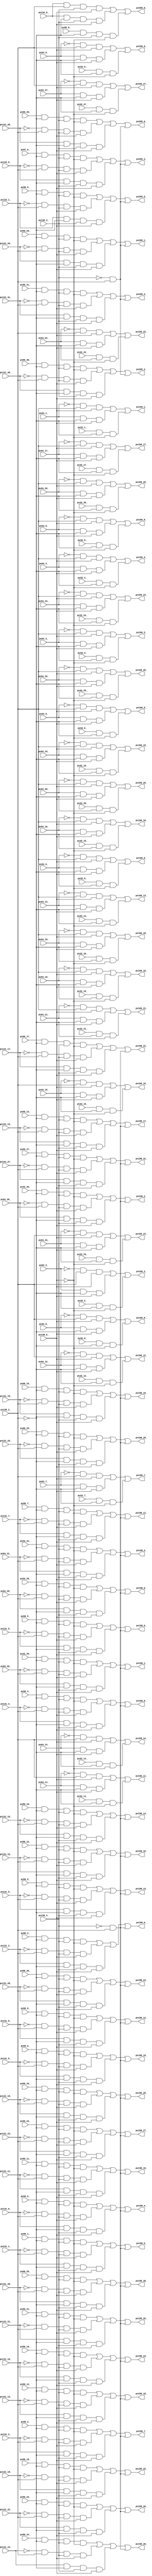
// Benchmark "top" written by ABC on Fri Mar 31 12:07:43 2023

module top ( 
    pv96_30_, pv96_31_, pv96_10_, pv96_21_, pv138_4_, pv96_11_, pv96_20_,
    pv138_3_, pv138_2_, pv131_18_, pv138_0_, pv131_19_, pv32_7_, pv32_18_,
    pv32_29_, pv64_0_, pv96_9_, pv131_3_, pv131_29_, pv32_6_, pv32_19_,
    pv32_28_, pv64_1_, pv96_8_, pv131_2_, pv131_28_, pv32_5_, pv131_1_,
    pv32_4_, pv131_0_, pv32_3_, pv64_4_, pv96_5_, pv32_2_, pv64_5_,
    pv96_4_, pv32_1_, pv64_2_, pv96_7_, pv32_0_, pv64_3_, pv96_6_,
    pv32_10_, pv32_21_, pv64_8_, pv64_17_, pv64_28_, pv96_1_, pv97_0_,
    pv131_21_, pv32_11_, pv32_20_, pv64_9_, pv64_18_, pv64_27_, pv96_0_,
    pv131_20_, pv32_12_, pv32_23_, pv32_30_, pv64_6_, pv64_15_, pv64_26_,
    pv96_3_, pv99_0_, pv131_9_, pv131_23_, pv134_0_, pv32_13_, pv32_22_,
    pv32_31_, pv64_7_, pv64_16_, pv64_25_, pv96_2_, pv98_0_, pv131_8_,
    pv131_22_, pv32_14_, pv32_25_, pv131_7_, pv131_25_, pv131_30_,
    pv133_1_, pv32_15_, pv32_24_, pv131_6_, pv131_24_, pv131_31_, pv133_0_,
    pv32_9_, pv32_16_, pv32_27_, pv64_19_, pv131_5_, pv131_27_, pv32_8_,
    pv32_17_, pv32_26_, pv64_29_, pv131_4_, pv131_26_, pv64_20_, pv64_31_,
    pv96_16_, pv96_27_, pv131_16_, pv64_10_, pv96_17_, pv96_26_, pv131_17_,
    pv96_18_, pv96_29_, pv131_14_, pv96_19_, pv96_28_, pv131_15_, pv64_13_,
    pv64_24_, pv96_12_, pv96_23_, pv131_12_, pv64_14_, pv64_23_, pv96_13_,
    pv96_22_, pv131_13_, pv64_11_, pv64_22_, pv96_14_, pv96_25_, pv131_10_,
    pv64_12_, pv64_21_, pv64_30_, pv96_15_, pv96_24_, pv131_11_,
    pv198_17_, pv205_3_, pv198_16_, pv205_4_, pv198_19_, pv205_5_,
    pv198_18_, pv205_6_, pv198_8_, pv198_13_, pv198_7_, pv198_12_,
    pv205_0_, pv198_15_, pv205_1_, pv198_9_, pv198_14_, pv205_2_, pv166_7_,
    pv166_10_, pv166_23_, pv198_4_, pv198_22_, pv166_8_, pv166_24_,
    pv198_3_, pv198_23_, pv166_5_, pv166_21_, pv198_6_, pv198_24_,
    pv166_6_, pv166_22_, pv198_5_, pv198_25_, pv166_14_, pv198_0_,
    pv198_26_, pv166_13_, pv166_20_, pv198_27_, pv166_9_, pv166_12_,
    pv198_2_, pv198_28_, pv166_11_, pv198_1_, pv198_29_, pv166_18_,
    pv166_0_, pv166_17_, pv166_16_, pv166_15_, pv166_3_, pv166_27_,
    pv198_31_, pv166_4_, pv198_30_, pv166_1_, pv166_25_, pv198_20_,
    pv166_2_, pv166_19_, pv166_26_, pv198_21_, pv198_11_, pv198_10_  );
  input  pv96_30_, pv96_31_, pv96_10_, pv96_21_, pv138_4_, pv96_11_,
    pv96_20_, pv138_3_, pv138_2_, pv131_18_, pv138_0_, pv131_19_, pv32_7_,
    pv32_18_, pv32_29_, pv64_0_, pv96_9_, pv131_3_, pv131_29_, pv32_6_,
    pv32_19_, pv32_28_, pv64_1_, pv96_8_, pv131_2_, pv131_28_, pv32_5_,
    pv131_1_, pv32_4_, pv131_0_, pv32_3_, pv64_4_, pv96_5_, pv32_2_,
    pv64_5_, pv96_4_, pv32_1_, pv64_2_, pv96_7_, pv32_0_, pv64_3_, pv96_6_,
    pv32_10_, pv32_21_, pv64_8_, pv64_17_, pv64_28_, pv96_1_, pv97_0_,
    pv131_21_, pv32_11_, pv32_20_, pv64_9_, pv64_18_, pv64_27_, pv96_0_,
    pv131_20_, pv32_12_, pv32_23_, pv32_30_, pv64_6_, pv64_15_, pv64_26_,
    pv96_3_, pv99_0_, pv131_9_, pv131_23_, pv134_0_, pv32_13_, pv32_22_,
    pv32_31_, pv64_7_, pv64_16_, pv64_25_, pv96_2_, pv98_0_, pv131_8_,
    pv131_22_, pv32_14_, pv32_25_, pv131_7_, pv131_25_, pv131_30_,
    pv133_1_, pv32_15_, pv32_24_, pv131_6_, pv131_24_, pv131_31_, pv133_0_,
    pv32_9_, pv32_16_, pv32_27_, pv64_19_, pv131_5_, pv131_27_, pv32_8_,
    pv32_17_, pv32_26_, pv64_29_, pv131_4_, pv131_26_, pv64_20_, pv64_31_,
    pv96_16_, pv96_27_, pv131_16_, pv64_10_, pv96_17_, pv96_26_, pv131_17_,
    pv96_18_, pv96_29_, pv131_14_, pv96_19_, pv96_28_, pv131_15_, pv64_13_,
    pv64_24_, pv96_12_, pv96_23_, pv131_12_, pv64_14_, pv64_23_, pv96_13_,
    pv96_22_, pv131_13_, pv64_11_, pv64_22_, pv96_14_, pv96_25_, pv131_10_,
    pv64_12_, pv64_21_, pv64_30_, pv96_15_, pv96_24_, pv131_11_;
  output pv198_17_, pv205_3_, pv198_16_, pv205_4_, pv198_19_, pv205_5_,
    pv198_18_, pv205_6_, pv198_8_, pv198_13_, pv198_7_, pv198_12_,
    pv205_0_, pv198_15_, pv205_1_, pv198_9_, pv198_14_, pv205_2_, pv166_7_,
    pv166_10_, pv166_23_, pv198_4_, pv198_22_, pv166_8_, pv166_24_,
    pv198_3_, pv198_23_, pv166_5_, pv166_21_, pv198_6_, pv198_24_,
    pv166_6_, pv166_22_, pv198_5_, pv198_25_, pv166_14_, pv198_0_,
    pv198_26_, pv166_13_, pv166_20_, pv198_27_, pv166_9_, pv166_12_,
    pv198_2_, pv198_28_, pv166_11_, pv198_1_, pv198_29_, pv166_18_,
    pv166_0_, pv166_17_, pv166_16_, pv166_15_, pv166_3_, pv166_27_,
    pv198_31_, pv166_4_, pv198_30_, pv166_1_, pv166_25_, pv198_20_,
    pv166_2_, pv166_19_, pv166_26_, pv198_21_, pv198_11_, pv198_10_;
  wire new_n_n144_, new_n_n145_, new_n_n196_, new_n_n207_, new_n_n213_,
    new_n_n197_, new_n_n206_, new_n_n148_, new_n_n271_, new_n_n172_,
    new_n_n272_, new_n_n173_, new_n_n250_, new_n_n261_, new_n_n183_,
    new_n_n215_, new_n_n195_, new_n_n157_, new_n_n136_, new_n_n249_,
    new_n_n262_, new_n_n182_, new_n_n216_, new_n_n194_, new_n_n156_,
    new_n_n135_, new_n_n248_, new_n_n155_, new_n_n247_, new_n_n154_,
    new_n_n246_, new_n_n219_, new_n_n191_, new_n_n245_, new_n_n220_,
    new_n_n190_, new_n_n244_, new_n_n217_, new_n_n193_, new_n_n243_,
    new_n_n218_, new_n_n192_, new_n_n253_, new_n_n264_, new_n_n223_,
    new_n_n232_, new_n_n150_, new_n_n187_, new_n_n146_, new_n_n175_,
    new_n_n254_, new_n_n263_, new_n_n224_, new_n_n233_, new_n_n242_,
    new_n_n186_, new_n_n174_, new_n_n255_, new_n_n266_, new_n_n184_,
    new_n_n221_, new_n_n230_, new_n_n241_, new_n_n189_, new_n_n149_,
    new_n_n163_, new_n_n177_, new_n_n141_, new_n_n256_, new_n_n265_,
    new_n_n185_, new_n_n222_, new_n_n231_, new_n_n240_, new_n_n188_,
    new_n_n147_, new_n_n162_, new_n_n176_, new_n_n257_, new_n_n268_,
    new_n_n161_, new_n_n179_, new_n_n137_, new_n_n140_, new_n_n258_,
    new_n_n267_, new_n_n160_, new_n_n178_, new_n_n138_, new_n_n139_,
    new_n_n252_, new_n_n259_, new_n_n270_, new_n_n234_, new_n_n159_,
    new_n_n181_, new_n_n251_, new_n_n260_, new_n_n269_, new_n_n151_,
    new_n_n158_, new_n_n180_, new_n_n235_, new_n_n153_, new_n_n202_,
    new_n_n214_, new_n_n170_, new_n_n225_, new_n_n203_, new_n_n212_,
    new_n_n171_, new_n_n204_, new_n_n143_, new_n_n168_, new_n_n205_,
    new_n_n142_, new_n_n169_, new_n_n228_, new_n_n239_, new_n_n198_,
    new_n_n209_, new_n_n166_, new_n_n229_, new_n_n238_, new_n_n199_,
    new_n_n208_, new_n_n167_, new_n_n226_, new_n_n237_, new_n_n200_,
    new_n_n211_, new_n_n164_, new_n_n227_, new_n_n236_, new_n_n152_,
    new_n_n201_, new_n_n210_, new_n_n165_, new_nv212_, new_nv223_,
    new_nv234_, new_n_n130_, new_nv257_, new_n_n108_, new_nv300_,
    new_nv311_, new_nv324_, new_nv335_, new_nv346_, new_nv372_, new_n_n83_,
    new_nv383_, new_nv423_, new_nv434_, new_nv445_, new_nv213_, new_nv222_,
    new_nv235_, new_nv240_, new_nv252_, new_nv263_, new_nv299_, new_nv312_,
    new_nv323_, new_nv336_, new_nv345_, new_n_n88_, new_nv377_, new_n_n77_,
    new_nv422_, new_nv435_, new_nv444_, new_nv214_, new_nv225_, new_nv232_,
    new_n_n131_, new_n_n118_, new_nv258_, new_nv298_, new_nv313_,
    new_nv326_, new_nv333_, new_nv344_, new_nv362_, new_n_n93_, new_nv384_,
    new_nv425_, new_nv432_, new_nv443_, new_nv215_, new_nv224_, new_nv233_,
    new_nv239_, new_nv253_, new_n_n113_, new_nv262_, new_nv314_,
    new_nv325_, new_nv334_, new_nv343_, new_n_n98_, new_nv367_, new_n_n76_,
    new_nv424_, new_nv433_, new_nv442_, new_nv216_, new_nv227_,
    new_n_n128_, new_nv248_, new_nv315_, new_nv328_, new_nv339_,
    new_nv350_, new_n_n103_, new_nv385_, new_nv427_, new_nv438_,
    new_nv449_, new_n_n7_, new_nv217_, new_nv226_, new_nv243_, new_n_n123_,
    new_nv316_, new_nv327_, new_nv349_, new_nv351_, new_nv357_, new_n_n75_,
    new_nv426_, new_nv439_, new_nv448_, new_nv236_, new_n_n129_,
    new_nv247_, new_nv317_, new_nv337_, new_nv348_, new_nv418_, new_nv429_,
    new_nv436_, new_nv447_, new_n_n134_, new_nv241_, new_nv242_,
    new_nv329_, new_nv338_, new_nv347_, new_nv419_, new_nv428_, new_nv437_,
    new_nv446_, new_n_n126_, new_nv250_, new_n_n115_, new_nv261_,
    new_nv297_, new_nv354_, new_n_n101_, new_nv365_, new_n_n90_,
    new_nv376_, new_n_n79_, new_n_n3_, new_nv245_, new_n_n121_, new_nv256_,
    new_n_n110_, new_nv307_, new_n_n106_, new_nv359_, new_n_n95_,
    new_nv370_, new_n_n84_, new_nv381_, new_n_n4_, new_n_n127_, new_nv249_,
    new_n_n114_, new_nv295_, new_nv306_, new_nv352_, new_n_n102_,
    new_nv366_, new_n_n89_, new_nv375_, new_n_n80_, new_n_n5_, new_nv244_,
    new_n_n122_, new_n_n109_, new_nv296_, new_nv305_, new_nv353_,
    new_nv358_, new_n_n94_, new_nv371_, new_n_n85_, new_nv380_, new_n_n6_,
    new_nv208_, new_nv219_, new_nv230_, new_n_n132_, new_n_n124_,
    new_n_n117_, new_nv259_, new_nv293_, new_nv304_, new_nv318_,
    new_nv331_, new_nv342_, new_nv356_, new_n_n99_, new_nv363_, new_n_n92_,
    new_nv374_, new_n_n81_, new_nv430_, new_nv441_, new_nv452_, new_nv209_,
    new_nv218_, new_nv231_, new_nv238_, new_n_n119_, new_nv254_,
    new_n_n112_, new_nv294_, new_nv303_, new_nv308_, new_nv332_,
    new_nv341_, new_n_n104_, new_nv361_, new_n_n97_, new_nv368_,
    new_n_n86_, new_nv379_, new_nv431_, new_nv440_, new_nv453_, new_nv210_,
    new_nv221_, new_nv228_, new_n_n133_, new_n_n125_, new_nv251_,
    new_n_n116_, new_nv260_, new_n_n107_, new_nv302_, new_nv309_,
    new_nv322_, new_nv340_, new_nv355_, new_n_n100_, new_nv364_,
    new_n_n91_, new_nv373_, new_n_n82_, new_nv382_, new_nv421_, new_nv481_,
    new_nv211_, new_nv220_, new_nv229_, new_nv237_, new_nv246_,
    new_n_n120_, new_nv255_, new_n_n111_, new_nv292_, new_nv301_,
    new_nv310_, new_nv319_, new_nv330_, new_n_n105_, new_nv360_,
    new_n_n96_, new_nv369_, new_n_n87_, new_nv378_, new_n_n78_, new_nv420_,
    new_n_n2_, new_nv458_, new_nv465_, new_nv479_, new_n_n59_, new_n_n48_,
    new_nv457_, new_n_n70_, new_nv478_, new_n_n58_, new_n_n49_, new_nv456_,
    new_nv466_, new_nv482_, new_n_n61_, new_n_n50_, new_nv455_, new_n_n69_,
    new_nv480_, new_n_n60_, new_n_n51_, new_nv450_, new_nv454_, new_n_n41_,
    new_n_n30_, new_n_n19_, new_n_n8_, new_nv451_, new_n_n40_, new_n_n31_,
    new_n_n18_, new_n_n9_, new_n_n39_, new_n_n28_, new_n_n21_, new_n_n10_,
    new_n_n38_, new_n_n29_, new_n_n20_, new_n_n11_, new_n_n67_, new_n_n56_,
    new_n_n45_, new_n_n34_, new_n_n23_, new_n_n12_, new_n_n66_, new_n_n57_,
    new_n_n44_, new_n_n35_, new_n_n22_, new_n_n13_, new_nv462_, new_n_n68_,
    new_n_n43_, new_n_n32_, new_n_n25_, new_n_n14_, new_n_n73_, new_nv467_,
    new_n_n42_, new_n_n33_, new_n_n24_, new_n_n15_, new_n_n74_, new_nv463_,
    new_nv475_, new_n_n63_, new_n_n52_, new_n_n27_, new_n_n16_, new_nv461_,
    new_n_n72_, new_nv474_, new_n_n62_, new_n_n53_, new_n_n26_, new_n_n17_,
    new_nv460_, new_nv464_, new_nv477_, new_n_n65_, new_n_n54_, new_n_n47_,
    new_n_n36_, new_nv459_, new_n_n71_, new_nv476_, new_n_n64_, new_n_n55_,
    new_n_n46_, new_n_n37_;
  assign new_n_n144_ = pv96_30_;
  assign pv198_17_ = new_n_n92_;
  assign pv205_3_ = new_n_n71_;
  assign new_n_n145_ = pv96_31_;
  assign pv198_16_ = new_n_n91_;
  assign pv205_4_ = new_n_n72_;
  assign new_n_n196_ = pv96_10_;
  assign new_n_n207_ = pv96_21_;
  assign new_n_n213_ = pv138_4_;
  assign pv198_19_ = new_n_n94_;
  assign pv205_5_ = new_n_n73_;
  assign new_n_n197_ = pv96_11_;
  assign new_n_n206_ = pv96_20_;
  assign new_n_n148_ = pv138_3_;
  assign pv198_18_ = new_n_n93_;
  assign pv205_6_ = new_n_n74_;
  assign new_n_n271_ = pv138_2_;
  assign pv198_8_ = new_n_n83_;
  assign pv198_13_ = new_n_n88_;
  assign pv198_7_ = new_n_n82_;
  assign pv198_12_ = new_n_n87_;
  assign pv205_0_ = new_n_n68_;
  assign new_n_n172_ = pv131_18_;
  assign new_n_n272_ = pv138_0_;
  assign pv198_15_ = new_n_n90_;
  assign pv205_1_ = new_n_n69_;
  assign new_n_n173_ = pv131_19_;
  assign pv198_9_ = new_n_n84_;
  assign pv198_14_ = new_n_n89_;
  assign pv205_2_ = new_n_n70_;
  assign new_n_n250_ = pv32_7_;
  assign new_n_n261_ = pv32_18_;
  assign new_n_n183_ = pv32_29_;
  assign new_n_n215_ = pv64_0_;
  assign new_n_n195_ = pv96_9_;
  assign new_n_n157_ = pv131_3_;
  assign new_n_n136_ = pv131_29_;
  assign pv166_7_ = new_n_n114_;
  assign pv166_10_ = new_n_n117_;
  assign pv166_23_ = new_n_n130_;
  assign pv198_4_ = new_n_n79_;
  assign pv198_22_ = new_n_n97_;
  assign new_n_n249_ = pv32_6_;
  assign new_n_n262_ = pv32_19_;
  assign new_n_n182_ = pv32_28_;
  assign new_n_n216_ = pv64_1_;
  assign new_n_n194_ = pv96_8_;
  assign new_n_n156_ = pv131_2_;
  assign new_n_n135_ = pv131_28_;
  assign pv166_8_ = new_n_n115_;
  assign pv166_24_ = new_n_n131_;
  assign pv198_3_ = new_n_n78_;
  assign pv198_23_ = new_n_n98_;
  assign new_n_n248_ = pv32_5_;
  assign new_n_n155_ = pv131_1_;
  assign pv166_5_ = new_n_n112_;
  assign pv166_21_ = new_n_n128_;
  assign pv198_6_ = new_n_n81_;
  assign pv198_24_ = new_n_n99_;
  assign new_n_n247_ = pv32_4_;
  assign new_n_n154_ = pv131_0_;
  assign pv166_6_ = new_n_n113_;
  assign pv166_22_ = new_n_n129_;
  assign pv198_5_ = new_n_n80_;
  assign pv198_25_ = new_n_n100_;
  assign new_n_n246_ = pv32_3_;
  assign new_n_n219_ = pv64_4_;
  assign new_n_n191_ = pv96_5_;
  assign pv166_14_ = new_n_n121_;
  assign pv198_0_ = new_n_n75_;
  assign pv198_26_ = new_n_n101_;
  assign new_n_n245_ = pv32_2_;
  assign new_n_n220_ = pv64_5_;
  assign new_n_n190_ = pv96_4_;
  assign pv166_13_ = new_n_n120_;
  assign pv166_20_ = new_n_n127_;
  assign pv198_27_ = new_n_n102_;
  assign new_n_n244_ = pv32_1_;
  assign new_n_n217_ = pv64_2_;
  assign new_n_n193_ = pv96_7_;
  assign pv166_9_ = new_n_n116_;
  assign pv166_12_ = new_n_n119_;
  assign pv198_2_ = new_n_n77_;
  assign pv198_28_ = new_n_n103_;
  assign new_n_n243_ = pv32_0_;
  assign new_n_n218_ = pv64_3_;
  assign new_n_n192_ = pv96_6_;
  assign pv166_11_ = new_n_n118_;
  assign pv198_1_ = new_n_n76_;
  assign pv198_29_ = new_n_n104_;
  assign new_n_n253_ = pv32_10_;
  assign new_n_n264_ = pv32_21_;
  assign new_n_n223_ = pv64_8_;
  assign new_n_n232_ = pv64_17_;
  assign new_n_n150_ = pv64_28_;
  assign new_n_n187_ = pv96_1_;
  assign new_n_n146_ = pv97_0_;
  assign new_n_n175_ = pv131_21_;
  assign pv166_18_ = new_n_n125_;
  assign new_n_n254_ = pv32_11_;
  assign new_n_n263_ = pv32_20_;
  assign new_n_n224_ = pv64_9_;
  assign new_n_n233_ = pv64_18_;
  assign new_n_n242_ = pv64_27_;
  assign new_n_n186_ = pv96_0_;
  assign new_n_n174_ = pv131_20_;
  assign pv166_0_ = new_n_n107_;
  assign pv166_17_ = new_n_n124_;
  assign new_n_n255_ = pv32_12_;
  assign new_n_n266_ = pv32_23_;
  assign new_n_n184_ = pv32_30_;
  assign new_n_n221_ = pv64_6_;
  assign new_n_n230_ = pv64_15_;
  assign new_n_n241_ = pv64_26_;
  assign new_n_n189_ = pv96_3_;
  assign new_n_n149_ = pv99_0_;
  assign new_n_n163_ = pv131_9_;
  assign new_n_n177_ = pv131_23_;
  assign new_n_n141_ = pv134_0_;
  assign pv166_16_ = new_n_n123_;
  assign new_n_n256_ = pv32_13_;
  assign new_n_n265_ = pv32_22_;
  assign new_n_n185_ = pv32_31_;
  assign new_n_n222_ = pv64_7_;
  assign new_n_n231_ = pv64_16_;
  assign new_n_n240_ = pv64_25_;
  assign new_n_n188_ = pv96_2_;
  assign new_n_n147_ = pv98_0_;
  assign new_n_n162_ = pv131_8_;
  assign new_n_n176_ = pv131_22_;
  assign pv166_15_ = new_n_n122_;
  assign new_n_n257_ = pv32_14_;
  assign new_n_n268_ = pv32_25_;
  assign new_n_n161_ = pv131_7_;
  assign new_n_n179_ = pv131_25_;
  assign new_n_n137_ = pv131_30_;
  assign new_n_n140_ = pv133_1_;
  assign pv166_3_ = new_n_n110_;
  assign pv166_27_ = new_n_n134_;
  assign pv198_31_ = new_n_n106_;
  assign new_n_n258_ = pv32_15_;
  assign new_n_n267_ = pv32_24_;
  assign new_n_n160_ = pv131_6_;
  assign new_n_n178_ = pv131_24_;
  assign new_n_n138_ = pv131_31_;
  assign new_n_n139_ = pv133_0_;
  assign pv166_4_ = new_n_n111_;
  assign pv198_30_ = new_n_n105_;
  assign new_n_n252_ = pv32_9_;
  assign new_n_n259_ = pv32_16_;
  assign new_n_n270_ = pv32_27_;
  assign new_n_n234_ = pv64_19_;
  assign new_n_n159_ = pv131_5_;
  assign new_n_n181_ = pv131_27_;
  assign pv166_1_ = new_n_n108_;
  assign pv166_25_ = new_n_n132_;
  assign pv198_20_ = new_n_n95_;
  assign new_n_n251_ = pv32_8_;
  assign new_n_n260_ = pv32_17_;
  assign new_n_n269_ = pv32_26_;
  assign new_n_n151_ = pv64_29_;
  assign new_n_n158_ = pv131_4_;
  assign new_n_n180_ = pv131_26_;
  assign pv166_2_ = new_n_n109_;
  assign pv166_19_ = new_n_n126_;
  assign pv166_26_ = new_n_n133_;
  assign pv198_21_ = new_n_n96_;
  assign new_n_n235_ = pv64_20_;
  assign new_n_n153_ = pv64_31_;
  assign new_n_n202_ = pv96_16_;
  assign new_n_n214_ = pv96_27_;
  assign new_n_n170_ = pv131_16_;
  assign new_n_n225_ = pv64_10_;
  assign new_n_n203_ = pv96_17_;
  assign new_n_n212_ = pv96_26_;
  assign new_n_n171_ = pv131_17_;
  assign new_n_n204_ = pv96_18_;
  assign new_n_n143_ = pv96_29_;
  assign new_n_n168_ = pv131_14_;
  assign pv198_11_ = new_n_n86_;
  assign new_n_n205_ = pv96_19_;
  assign new_n_n142_ = pv96_28_;
  assign new_n_n169_ = pv131_15_;
  assign pv198_10_ = new_n_n85_;
  assign new_n_n228_ = pv64_13_;
  assign new_n_n239_ = pv64_24_;
  assign new_n_n198_ = pv96_12_;
  assign new_n_n209_ = pv96_23_;
  assign new_n_n166_ = pv131_12_;
  assign new_n_n229_ = pv64_14_;
  assign new_n_n238_ = pv64_23_;
  assign new_n_n199_ = pv96_13_;
  assign new_n_n208_ = pv96_22_;
  assign new_n_n167_ = pv131_13_;
  assign new_n_n226_ = pv64_11_;
  assign new_n_n237_ = pv64_22_;
  assign new_n_n200_ = pv96_14_;
  assign new_n_n211_ = pv96_25_;
  assign new_n_n164_ = pv131_10_;
  assign new_n_n227_ = pv64_12_;
  assign new_n_n236_ = pv64_21_;
  assign new_n_n152_ = pv64_30_;
  assign new_n_n201_ = pv96_15_;
  assign new_n_n210_ = pv96_24_;
  assign new_n_n165_ = pv131_11_;
  assign new_nv212_ = new_n_n266_ & new_nv453_ & new_nv452_;
  assign new_nv223_ = new_n_n255_ & new_nv453_ & new_nv452_;
  assign new_nv234_ = new_n_n244_ & new_nv453_ & new_nv452_;
  assign new_n_n130_ = new_nv296_ | new_nv240_ | new_nv212_;
  assign new_nv257_ = new_n_n221_ & new_nv453_ & new_n_n272_;
  assign new_n_n108_ = new_nv318_ | new_nv262_ | new_nv234_;
  assign new_nv300_ = new_n_n21_ & new_n_n271_ & new_n_n272_;
  assign new_nv311_ = new_n_n10_ & new_n_n271_ & new_n_n272_;
  assign new_nv324_ = new_n_n211_ & new_nv453_ & new_n_n213_ & new_nv452_;
  assign new_nv335_ = new_n_n200_ & new_nv453_ & new_n_n213_ & new_nv452_;
  assign new_nv346_ = new_n_n189_ & new_nv453_ & new_n_n213_ & new_nv452_;
  assign new_nv372_ = new_n_n163_ & new_nv453_ & new_n_n213_ & new_n_n272_;
  assign new_n_n83_ = new_nv345_ | new_nv441_ | new_nv377_ | new_nv451_;
  assign new_nv383_ = new_n_n152_ & new_nv453_ & new_n_n213_ & new_n_n272_;
  assign new_nv423_ = new_n_n56_ & new_n_n271_ & new_n_n213_ & new_n_n272_;
  assign new_nv434_ = new_n_n45_ & new_n_n271_ & new_n_n213_ & new_n_n272_;
  assign new_nv445_ = new_n_n34_ & new_n_n271_ & new_n_n213_ & new_n_n272_;
  assign new_nv213_ = new_n_n265_ & new_nv453_ & new_nv452_;
  assign new_nv222_ = new_n_n256_ & new_nv453_ & new_nv452_;
  assign new_nv235_ = new_n_n243_ & new_nv453_ & new_nv452_;
  assign new_nv240_ = new_n_n238_ & new_nv453_ & new_n_n272_;
  assign new_nv252_ = new_n_n226_ & new_nv453_ & new_n_n272_;
  assign new_nv263_ = new_n_n215_ & new_nv453_ & new_n_n272_;
  assign new_nv299_ = new_n_n22_ & new_n_n271_ & new_n_n272_;
  assign new_nv312_ = new_n_n9_ & new_n_n271_ & new_n_n272_;
  assign new_nv323_ = new_n_n212_ & new_nv453_ & new_n_n213_ & new_nv452_;
  assign new_nv336_ = new_n_n199_ & new_nv453_ & new_n_n213_ & new_nv452_;
  assign new_nv345_ = new_n_n190_ & new_nv453_ & new_n_n213_ & new_nv452_;
  assign new_n_n88_ = new_nv340_ | new_nv436_ | new_nv372_ | new_nv451_;
  assign new_nv377_ = new_n_n158_ & new_nv453_ & new_n_n213_ & new_n_n272_;
  assign new_n_n77_ = new_nv351_ | new_nv447_ | new_nv383_ | new_nv451_;
  assign new_nv422_ = new_n_n57_ & new_n_n271_ & new_n_n213_ & new_n_n272_;
  assign new_nv435_ = new_n_n44_ & new_n_n271_ & new_n_n213_ & new_n_n272_;
  assign new_nv444_ = new_n_n35_ & new_n_n271_ & new_n_n213_ & new_n_n272_;
  assign new_nv214_ = new_n_n264_ & new_nv453_ & new_nv452_;
  assign new_nv225_ = new_n_n253_ & new_nv453_ & new_nv452_;
  assign new_nv232_ = new_n_n246_ & new_nv453_ & new_nv452_;
  assign new_n_n131_ = new_nv295_ | new_nv239_ | new_nv211_;
  assign new_n_n118_ = new_nv308_ | new_nv252_ | new_nv224_;
  assign new_nv258_ = new_n_n220_ & new_nv453_ & new_n_n272_;
  assign new_nv298_ = new_n_n23_ & new_n_n271_ & new_n_n272_;
  assign new_nv313_ = new_n_n8_ & new_n_n271_ & new_n_n272_;
  assign new_nv326_ = new_n_n209_ & new_nv453_ & new_n_n213_ & new_nv452_;
  assign new_nv333_ = new_n_n202_ & new_nv453_ & new_n_n213_ & new_nv452_;
  assign new_nv344_ = new_n_n191_ & new_nv453_ & new_n_n213_ & new_nv452_;
  assign new_nv362_ = new_n_n173_ & new_nv453_ & new_n_n213_ & new_n_n272_;
  assign new_n_n93_ = new_nv335_ | new_nv431_ | new_nv367_ | new_nv451_;
  assign new_nv384_ = new_n_n151_ & new_nv453_ & new_n_n213_ & new_n_n272_;
  assign new_nv425_ = new_n_n54_ & new_n_n271_ & new_n_n213_ & new_n_n272_;
  assign new_nv432_ = new_n_n47_ & new_n_n271_ & new_n_n213_ & new_n_n272_;
  assign new_nv443_ = new_n_n36_ & new_n_n271_ & new_n_n213_ & new_n_n272_;
  assign new_nv215_ = new_n_n263_ & new_nv453_ & new_nv452_;
  assign new_nv224_ = new_n_n254_ & new_nv453_ & new_nv452_;
  assign new_nv233_ = new_n_n245_ & new_nv453_ & new_nv452_;
  assign new_nv239_ = new_n_n239_ & new_nv453_ & new_n_n272_;
  assign new_nv253_ = new_n_n225_ & new_nv453_ & new_n_n272_;
  assign new_n_n113_ = new_nv313_ | new_nv257_ | new_nv229_;
  assign new_nv262_ = new_n_n216_ & new_nv453_ & new_n_n272_;
  assign new_nv314_ = new_n_n7_ & new_n_n271_ & new_n_n272_;
  assign new_nv325_ = new_n_n210_ & new_nv453_ & new_n_n213_ & new_nv452_;
  assign new_nv334_ = new_n_n201_ & new_nv453_ & new_n_n213_ & new_nv452_;
  assign new_nv343_ = new_n_n192_ & new_nv453_ & new_n_n213_ & new_nv452_;
  assign new_n_n98_ = new_nv330_ | new_nv426_ | new_nv362_ | new_nv451_;
  assign new_nv367_ = new_n_n168_ & new_nv453_ & new_n_n213_ & new_n_n272_;
  assign new_n_n76_ = new_nv352_ | new_nv448_ | new_nv384_ | new_nv451_;
  assign new_nv424_ = new_n_n55_ & new_n_n271_ & new_n_n213_ & new_n_n272_;
  assign new_nv433_ = new_n_n46_ & new_n_n271_ & new_n_n213_ & new_n_n272_;
  assign new_nv442_ = new_n_n37_ & new_n_n271_ & new_n_n213_ & new_n_n272_;
  assign new_nv216_ = new_n_n262_ & new_nv453_ & new_nv452_;
  assign new_nv227_ = new_n_n251_ & new_nv453_ & new_nv452_;
  assign new_n_n128_ = new_nv298_ | new_nv242_ | new_nv214_;
  assign new_nv248_ = new_n_n230_ & new_nv453_ & new_n_n272_;
  assign new_nv315_ = new_n_n6_ & new_n_n271_ & new_n_n272_;
  assign new_nv328_ = new_n_n207_ & new_nv453_ & new_n_n213_ & new_nv452_;
  assign new_nv339_ = new_n_n196_ & new_nv453_ & new_n_n213_ & new_nv452_;
  assign new_nv350_ = new_n_n185_ & new_nv453_ & new_n_n213_ & new_nv452_;
  assign new_n_n103_ = new_nv325_ | new_nv421_ | new_nv357_ | new_nv451_;
  assign new_nv385_ = new_n_n150_ & new_nv453_ & new_n_n213_ & new_n_n272_;
  assign new_nv427_ = new_n_n52_ & new_n_n271_ & new_n_n213_ & new_n_n272_;
  assign new_nv438_ = new_n_n41_ & new_n_n271_ & new_n_n213_ & new_n_n272_;
  assign new_nv449_ = new_n_n30_ & new_n_n271_ & new_n_n213_ & new_n_n272_;
  assign new_n_n7_ = ~new_n_n220_;
  assign new_nv217_ = new_n_n261_ & new_nv453_ & new_nv452_;
  assign new_nv226_ = new_n_n252_ & new_nv453_ & new_nv452_;
  assign new_nv243_ = new_n_n235_ & new_nv453_ & new_n_n272_;
  assign new_n_n123_ = new_nv303_ | new_nv247_ | new_nv219_;
  assign new_nv316_ = new_n_n5_ & new_n_n271_ & new_n_n272_;
  assign new_nv327_ = new_n_n208_ & new_nv453_ & new_n_n213_ & new_nv452_;
  assign new_nv349_ = new_n_n186_ & new_nv453_ & new_n_n213_ & new_nv452_;
  assign new_nv351_ = new_n_n184_ & new_nv453_ & new_n_n213_ & new_nv452_;
  assign new_nv357_ = new_n_n178_ & new_nv453_ & new_n_n213_ & new_n_n272_;
  assign new_n_n75_ = new_nv353_ | new_nv449_ | new_nv385_ | new_nv451_;
  assign new_nv426_ = new_n_n53_ & new_n_n271_ & new_n_n213_ & new_n_n272_;
  assign new_nv439_ = new_n_n40_ & new_n_n271_ & new_n_n213_ & new_n_n272_;
  assign new_nv448_ = new_n_n31_ & new_n_n271_ & new_n_n213_ & new_n_n272_;
  assign new_nv236_ = new_n_n242_ & new_nv453_ & new_n_n272_;
  assign new_n_n129_ = new_nv297_ | new_nv241_ | new_nv213_;
  assign new_nv247_ = new_n_n231_ & new_nv453_ & new_n_n272_;
  assign new_nv317_ = new_n_n4_ & new_n_n271_ & new_n_n272_;
  assign new_nv337_ = new_n_n198_ & new_nv453_ & new_n_n213_ & new_nv452_;
  assign new_nv348_ = new_n_n187_ & new_nv453_ & new_n_n213_ & new_nv452_;
  assign new_nv418_ = new_n_n61_ & new_n_n271_ & new_n_n213_ & new_n_n272_;
  assign new_nv429_ = new_n_n50_ & new_n_n271_ & new_n_n213_ & new_n_n272_;
  assign new_nv436_ = new_n_n43_ & new_n_n271_ & new_n_n213_ & new_n_n272_;
  assign new_nv447_ = new_n_n32_ & new_n_n271_ & new_n_n213_ & new_n_n272_;
  assign new_n_n134_ = new_nv292_ | new_nv236_ | new_nv208_;
  assign new_nv241_ = new_n_n237_ & new_nv453_ & new_n_n272_;
  assign new_nv242_ = new_n_n236_ & new_nv453_ & new_n_n272_;
  assign new_nv329_ = new_n_n206_ & new_nv453_ & new_n_n213_ & new_nv452_;
  assign new_nv338_ = new_n_n197_ & new_nv453_ & new_n_n213_ & new_nv452_;
  assign new_nv347_ = new_n_n188_ & new_nv453_ & new_n_n213_ & new_nv452_;
  assign new_nv419_ = new_n_n60_ & new_n_n271_ & new_n_n213_ & new_n_n272_;
  assign new_nv428_ = new_n_n51_ & new_n_n271_ & new_n_n213_ & new_n_n272_;
  assign new_nv437_ = new_n_n42_ & new_n_n271_ & new_n_n213_ & new_n_n272_;
  assign new_nv446_ = new_n_n33_ & new_n_n271_ & new_n_n213_ & new_n_n272_;
  assign new_n_n126_ = new_nv300_ | new_nv244_ | new_nv216_;
  assign new_nv250_ = new_n_n228_ & new_nv453_ & new_n_n272_;
  assign new_n_n115_ = new_nv311_ | new_nv255_ | new_nv227_;
  assign new_nv261_ = new_n_n217_ & new_nv453_ & new_n_n272_;
  assign new_nv297_ = new_n_n24_ & new_n_n271_ & new_n_n272_;
  assign new_nv354_ = new_n_n181_ & new_nv453_ & new_n_n213_ & new_n_n272_;
  assign new_n_n101_ = new_nv327_ | new_nv423_ | new_nv359_ | new_nv451_;
  assign new_nv365_ = new_n_n170_ & new_nv453_ & new_n_n213_ & new_n_n272_;
  assign new_n_n90_ = new_nv338_ | new_nv434_ | new_nv370_ | new_nv451_;
  assign new_nv376_ = new_n_n159_ & new_nv453_ & new_n_n213_ & new_n_n272_;
  assign new_n_n79_ = new_nv349_ | new_nv445_ | new_nv381_ | new_nv451_;
  assign new_n_n3_ = ~new_n_n216_;
  assign new_nv245_ = new_n_n233_ & new_nv453_ & new_n_n272_;
  assign new_n_n121_ = new_nv305_ | new_nv249_ | new_nv221_;
  assign new_nv256_ = new_n_n222_ & new_nv453_ & new_n_n272_;
  assign new_n_n110_ = new_nv316_ | new_nv260_ | new_nv232_;
  assign new_nv307_ = new_n_n14_ & new_n_n271_ & new_n_n272_;
  assign new_n_n106_ = new_nv322_ | new_nv418_ | new_nv354_ | new_nv451_;
  assign new_nv359_ = new_n_n176_ & new_nv453_ & new_n_n213_ & new_n_n272_;
  assign new_n_n95_ = new_nv333_ | new_nv429_ | new_nv365_ | new_nv451_;
  assign new_nv370_ = new_n_n165_ & new_nv453_ & new_n_n213_ & new_n_n272_;
  assign new_n_n84_ = new_nv344_ | new_nv440_ | new_nv376_ | new_nv451_;
  assign new_nv381_ = new_n_n154_ & new_nv453_ & new_n_n213_ & new_n_n272_;
  assign new_n_n4_ = ~new_n_n217_;
  assign new_n_n127_ = new_nv299_ | new_nv243_ | new_nv215_;
  assign new_nv249_ = new_n_n229_ & new_nv453_ & new_n_n272_;
  assign new_n_n114_ = new_nv312_ | new_nv256_ | new_nv228_;
  assign new_nv295_ = new_n_n26_ & new_n_n271_ & new_n_n272_;
  assign new_nv306_ = new_n_n15_ & new_n_n271_ & new_n_n272_;
  assign new_nv352_ = new_n_n183_ & new_nv453_ & new_n_n213_ & new_nv452_;
  assign new_n_n102_ = new_nv326_ | new_nv422_ | new_nv358_ | new_nv451_;
  assign new_nv366_ = new_n_n169_ & new_nv453_ & new_n_n213_ & new_n_n272_;
  assign new_n_n89_ = new_nv339_ | new_nv435_ | new_nv371_ | new_nv451_;
  assign new_nv375_ = new_n_n160_ & new_nv453_ & new_n_n213_ & new_n_n272_;
  assign new_n_n80_ = new_nv348_ | new_nv444_ | new_nv380_ | new_nv451_;
  assign new_n_n5_ = ~new_n_n218_;
  assign new_nv244_ = new_n_n234_ & new_nv453_ & new_n_n272_;
  assign new_n_n122_ = new_nv304_ | new_nv248_ | new_nv220_;
  assign new_n_n109_ = new_nv317_ | new_nv261_ | new_nv233_;
  assign new_nv296_ = new_n_n25_ & new_n_n271_ & new_n_n272_;
  assign new_nv305_ = new_n_n16_ & new_n_n271_ & new_n_n272_;
  assign new_nv353_ = new_n_n182_ & new_nv453_ & new_n_n213_ & new_nv452_;
  assign new_nv358_ = new_n_n177_ & new_nv453_ & new_n_n213_ & new_n_n272_;
  assign new_n_n94_ = new_nv334_ | new_nv430_ | new_nv366_ | new_nv451_;
  assign new_nv371_ = new_n_n164_ & new_nv453_ & new_n_n213_ & new_n_n272_;
  assign new_n_n85_ = new_nv343_ | new_nv439_ | new_nv375_ | new_nv451_;
  assign new_nv380_ = new_n_n155_ & new_nv453_ & new_n_n213_ & new_n_n272_;
  assign new_n_n6_ = ~new_n_n219_;
  assign new_nv208_ = new_n_n270_ & new_nv453_ & new_nv452_;
  assign new_nv219_ = new_n_n259_ & new_nv453_ & new_nv452_;
  assign new_nv230_ = new_n_n248_ & new_nv453_ & new_nv452_;
  assign new_n_n132_ = new_nv294_ | new_nv238_ | new_nv210_;
  assign new_n_n124_ = new_nv302_ | new_nv246_ | new_nv218_;
  assign new_n_n117_ = new_nv309_ | new_nv253_ | new_nv225_;
  assign new_nv259_ = new_n_n219_ & new_nv453_ & new_n_n272_;
  assign new_nv293_ = new_n_n28_ & new_n_n271_ & new_n_n272_;
  assign new_nv304_ = new_n_n17_ & new_n_n271_ & new_n_n272_;
  assign new_nv318_ = new_n_n3_ & new_n_n271_ & new_n_n272_;
  assign new_nv331_ = new_n_n204_ & new_nv453_ & new_n_n213_ & new_nv452_;
  assign new_nv342_ = new_n_n193_ & new_nv453_ & new_n_n213_ & new_nv452_;
  assign new_nv356_ = new_n_n179_ & new_nv453_ & new_n_n213_ & new_n_n272_;
  assign new_n_n99_ = new_nv329_ | new_nv425_ | new_nv361_ | new_nv451_;
  assign new_nv363_ = new_n_n172_ & new_nv453_ & new_n_n213_ & new_n_n272_;
  assign new_n_n92_ = new_nv336_ | new_nv432_ | new_nv368_ | new_nv451_;
  assign new_nv374_ = new_n_n161_ & new_nv453_ & new_n_n213_ & new_n_n272_;
  assign new_n_n81_ = new_nv347_ | new_nv443_ | new_nv379_ | new_nv451_;
  assign new_nv430_ = new_n_n49_ & new_n_n271_ & new_n_n213_ & new_n_n272_;
  assign new_nv441_ = new_n_n38_ & new_n_n271_ & new_n_n213_ & new_n_n272_;
  assign new_nv452_ = ~new_n_n272_;
  assign new_nv209_ = new_n_n269_ & new_nv453_ & new_nv452_;
  assign new_nv218_ = new_n_n260_ & new_nv453_ & new_nv452_;
  assign new_nv231_ = new_n_n247_ & new_nv453_ & new_nv452_;
  assign new_nv238_ = new_n_n240_ & new_nv453_ & new_n_n272_;
  assign new_n_n119_ = new_nv307_ | new_nv251_ | new_nv223_;
  assign new_nv254_ = new_n_n224_ & new_nv453_ & new_n_n272_;
  assign new_n_n112_ = new_nv314_ | new_nv258_ | new_nv230_;
  assign new_nv294_ = new_n_n27_ & new_n_n271_ & new_n_n272_;
  assign new_nv303_ = new_n_n18_ & new_n_n271_ & new_n_n272_;
  assign new_nv308_ = new_n_n13_ & new_n_n271_ & new_n_n272_;
  assign new_nv332_ = new_n_n203_ & new_nv453_ & new_n_n213_ & new_nv452_;
  assign new_nv341_ = new_n_n194_ & new_nv453_ & new_n_n213_ & new_nv452_;
  assign new_n_n104_ = new_nv324_ | new_nv420_ | new_nv356_ | new_nv451_;
  assign new_nv361_ = new_n_n174_ & new_nv453_ & new_n_n213_ & new_n_n272_;
  assign new_n_n97_ = new_nv331_ | new_nv427_ | new_nv363_ | new_nv451_;
  assign new_nv368_ = new_n_n167_ & new_nv453_ & new_n_n213_ & new_n_n272_;
  assign new_n_n86_ = new_nv342_ | new_nv438_ | new_nv374_ | new_nv451_;
  assign new_nv379_ = new_n_n156_ & new_nv453_ & new_n_n213_ & new_n_n272_;
  assign new_nv431_ = new_n_n48_ & new_n_n271_ & new_n_n213_ & new_n_n272_;
  assign new_nv440_ = new_n_n39_ & new_n_n271_ & new_n_n213_ & new_n_n272_;
  assign new_nv453_ = ~new_n_n271_;
  assign new_nv210_ = new_n_n268_ & new_nv453_ & new_nv452_;
  assign new_nv221_ = new_n_n257_ & new_nv453_ & new_nv452_;
  assign new_nv228_ = new_n_n250_ & new_nv453_ & new_nv452_;
  assign new_n_n133_ = new_nv293_ | new_nv237_ | new_nv209_;
  assign new_n_n125_ = new_nv301_ | new_nv245_ | new_nv217_;
  assign new_nv251_ = new_n_n227_ & new_nv453_ & new_n_n272_;
  assign new_n_n116_ = new_nv310_ | new_nv254_ | new_nv226_;
  assign new_nv260_ = new_n_n218_ & new_nv453_ & new_n_n272_;
  assign new_n_n107_ = new_nv319_ | new_nv263_ | new_nv235_;
  assign new_nv302_ = new_n_n19_ & new_n_n271_ & new_n_n272_;
  assign new_nv309_ = new_n_n12_ & new_n_n271_ & new_n_n272_;
  assign new_nv322_ = new_n_n214_ & new_nv453_ & new_n_n213_ & new_nv452_;
  assign new_nv340_ = new_n_n195_ & new_nv453_ & new_n_n213_ & new_nv452_;
  assign new_nv355_ = new_n_n180_ & new_nv453_ & new_n_n213_ & new_n_n272_;
  assign new_n_n100_ = new_nv328_ | new_nv424_ | new_nv360_ | new_nv451_;
  assign new_nv364_ = new_n_n171_ & new_nv453_ & new_n_n213_ & new_n_n272_;
  assign new_n_n91_ = new_nv337_ | new_nv433_ | new_nv369_ | new_nv451_;
  assign new_nv373_ = new_n_n162_ & new_nv453_ & new_n_n213_ & new_n_n272_;
  assign new_n_n82_ = new_nv346_ | new_nv442_ | new_nv378_ | new_nv451_;
  assign new_nv382_ = new_n_n153_ & new_nv453_ & new_n_n213_ & new_n_n272_;
  assign new_nv421_ = new_n_n58_ & new_n_n271_ & new_n_n213_ & new_n_n272_;
  assign new_nv481_ = ~new_n_n148_;
  assign new_nv211_ = new_n_n267_ & new_nv453_ & new_nv452_;
  assign new_nv220_ = new_n_n258_ & new_nv453_ & new_nv452_;
  assign new_nv229_ = new_n_n249_ & new_nv453_ & new_nv452_;
  assign new_nv237_ = new_n_n241_ & new_nv453_ & new_n_n272_;
  assign new_nv246_ = new_n_n232_ & new_nv453_ & new_n_n272_;
  assign new_n_n120_ = new_nv306_ | new_nv250_ | new_nv222_;
  assign new_nv255_ = new_n_n223_ & new_nv453_ & new_n_n272_;
  assign new_n_n111_ = new_nv315_ | new_nv259_ | new_nv231_;
  assign new_nv292_ = new_n_n29_ & new_n_n271_ & new_n_n272_;
  assign new_nv301_ = new_n_n20_ & new_n_n271_ & new_n_n272_;
  assign new_nv310_ = new_n_n11_ & new_n_n271_ & new_n_n272_;
  assign new_nv319_ = new_n_n2_ & new_n_n271_ & new_n_n272_;
  assign new_nv330_ = new_n_n205_ & new_nv453_ & new_n_n213_ & new_nv452_;
  assign new_n_n105_ = new_nv323_ | new_nv419_ | new_nv355_ | new_nv451_;
  assign new_nv360_ = new_n_n175_ & new_nv453_ & new_n_n213_ & new_n_n272_;
  assign new_n_n96_ = new_nv332_ | new_nv428_ | new_nv364_ | new_nv451_;
  assign new_nv369_ = new_n_n166_ & new_nv453_ & new_n_n213_ & new_n_n272_;
  assign new_n_n87_ = new_nv341_ | new_nv437_ | new_nv373_ | new_nv451_;
  assign new_nv378_ = new_n_n157_ & new_nv453_ & new_n_n213_ & new_n_n272_;
  assign new_n_n78_ = new_nv350_ | new_nv446_ | new_nv382_ | new_nv451_;
  assign new_nv420_ = new_n_n59_ & new_n_n271_ & new_n_n213_ & new_n_n272_;
  assign new_n_n2_ = ~new_n_n215_;
  assign new_nv458_ = new_n_n144_ & new_nv453_ & new_n_n148_ & new_nv452_;
  assign new_nv465_ = new_n_n137_ & new_nv453_ & new_n_n148_ & new_n_n272_;
  assign new_nv479_ = new_n_n63_ & new_n_n271_ & new_n_n148_ & new_n_n272_;
  assign new_n_n59_ = ~new_n_n179_;
  assign new_n_n48_ = ~new_n_n168_;
  assign new_nv457_ = new_n_n145_ & new_nv453_ & new_n_n148_ & new_nv452_;
  assign new_n_n70_ = new_nv458_ | new_nv478_ | new_nv465_ | new_nv482_;
  assign new_nv478_ = new_n_n64_ & new_n_n271_ & new_n_n148_ & new_n_n272_;
  assign new_n_n58_ = ~new_n_n178_;
  assign new_n_n49_ = ~new_n_n169_;
  assign new_nv456_ = new_n_n146_ & new_nv453_ & new_n_n148_ & new_nv452_;
  assign new_nv466_ = new_n_n136_ & new_nv453_ & new_n_n148_ & new_n_n272_;
  assign new_nv482_ = new_nv481_ & new_n_n271_;
  assign new_n_n61_ = ~new_n_n181_;
  assign new_n_n50_ = ~new_n_n170_;
  assign new_nv455_ = new_n_n147_ & new_nv453_ & new_n_n148_ & new_nv452_;
  assign new_n_n69_ = new_nv459_ | new_nv479_ | new_nv466_ | new_nv482_;
  assign new_nv480_ = new_n_n62_ & new_n_n271_ & new_n_n148_ & new_n_n272_;
  assign new_n_n60_ = ~new_n_n180_;
  assign new_n_n51_ = ~new_n_n171_;
  assign new_nv450_ = ~new_n_n213_;
  assign new_nv454_ = new_n_n149_ & new_nv453_ & new_n_n148_ & new_nv452_;
  assign new_n_n41_ = ~new_n_n161_;
  assign new_n_n30_ = ~new_n_n150_;
  assign new_n_n19_ = ~new_n_n232_;
  assign new_n_n8_ = ~new_n_n221_;
  assign new_nv451_ = new_nv450_ & new_n_n271_;
  assign new_n_n40_ = ~new_n_n160_;
  assign new_n_n31_ = ~new_n_n151_;
  assign new_n_n18_ = ~new_n_n231_;
  assign new_n_n9_ = ~new_n_n222_;
  assign new_n_n39_ = ~new_n_n159_;
  assign new_n_n28_ = ~new_n_n241_;
  assign new_n_n21_ = ~new_n_n234_;
  assign new_n_n10_ = ~new_n_n223_;
  assign new_n_n38_ = ~new_n_n158_;
  assign new_n_n29_ = ~new_n_n242_;
  assign new_n_n20_ = ~new_n_n233_;
  assign new_n_n11_ = ~new_n_n224_;
  assign new_n_n67_ = ~new_n_n140_;
  assign new_n_n56_ = ~new_n_n176_;
  assign new_n_n45_ = ~new_n_n165_;
  assign new_n_n34_ = ~new_n_n154_;
  assign new_n_n23_ = ~new_n_n236_;
  assign new_n_n12_ = ~new_n_n225_;
  assign new_n_n66_ = ~new_n_n139_;
  assign new_n_n57_ = ~new_n_n177_;
  assign new_n_n44_ = ~new_n_n164_;
  assign new_n_n35_ = ~new_n_n155_;
  assign new_n_n22_ = ~new_n_n235_;
  assign new_n_n13_ = ~new_n_n226_;
  assign new_nv462_ = new_n_n140_ & new_nv453_ & new_n_n148_ & new_n_n272_;
  assign new_n_n68_ = new_nv460_ | new_nv480_ | new_nv467_ | new_nv482_;
  assign new_n_n43_ = ~new_n_n163_;
  assign new_n_n32_ = ~new_n_n152_;
  assign new_n_n25_ = ~new_n_n238_;
  assign new_n_n14_ = ~new_n_n227_;
  assign new_n_n73_ = new_nv455_ | new_nv475_ | new_nv462_ | new_nv482_;
  assign new_nv467_ = new_n_n135_ & new_nv453_ & new_n_n148_ & new_n_n272_;
  assign new_n_n42_ = ~new_n_n162_;
  assign new_n_n33_ = ~new_n_n153_;
  assign new_n_n24_ = ~new_n_n237_;
  assign new_n_n15_ = ~new_n_n228_;
  assign new_n_n74_ = new_nv474_ | new_nv461_ | new_nv454_;
  assign new_nv463_ = new_n_n139_ & new_nv453_ & new_n_n148_ & new_n_n272_;
  assign new_nv475_ = new_n_n67_ & new_n_n271_ & new_n_n148_ & new_n_n272_;
  assign new_n_n63_ = ~new_n_n136_;
  assign new_n_n52_ = ~new_n_n172_;
  assign new_n_n27_ = ~new_n_n240_;
  assign new_n_n16_ = ~new_n_n229_;
  assign new_nv461_ = new_n_n141_ & new_nv453_ & new_n_n148_ & new_n_n272_;
  assign new_n_n72_ = new_nv456_ | new_nv476_ | new_nv463_ | new_nv482_;
  assign new_nv474_ = new_n_n141_ & new_n_n271_ & new_n_n148_ & new_n_n272_;
  assign new_n_n62_ = ~new_n_n135_;
  assign new_n_n53_ = ~new_n_n173_;
  assign new_n_n26_ = ~new_n_n239_;
  assign new_n_n17_ = ~new_n_n230_;
  assign new_nv460_ = new_n_n142_ & new_nv453_ & new_n_n148_ & new_nv452_;
  assign new_nv464_ = new_n_n138_ & new_nv453_ & new_n_n148_ & new_n_n272_;
  assign new_nv477_ = new_n_n65_ & new_n_n271_ & new_n_n148_ & new_n_n272_;
  assign new_n_n65_ = ~new_n_n138_;
  assign new_n_n54_ = ~new_n_n174_;
  assign new_n_n47_ = ~new_n_n167_;
  assign new_n_n36_ = ~new_n_n156_;
  assign new_nv459_ = new_n_n143_ & new_nv453_ & new_n_n148_ & new_nv452_;
  assign new_n_n71_ = new_nv457_ | new_nv477_ | new_nv464_ | new_nv482_;
  assign new_nv476_ = new_n_n66_ & new_n_n271_ & new_n_n148_ & new_n_n272_;
  assign new_n_n64_ = ~new_n_n137_;
  assign new_n_n55_ = ~new_n_n175_;
  assign new_n_n46_ = ~new_n_n166_;
  assign new_n_n37_ = ~new_n_n157_;
endmodule